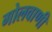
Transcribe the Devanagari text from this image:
गोलवाणी